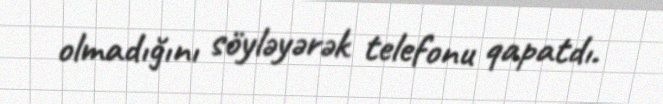
olmadığını söyləyərək telefonu qapatdı.